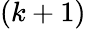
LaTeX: (k+1)